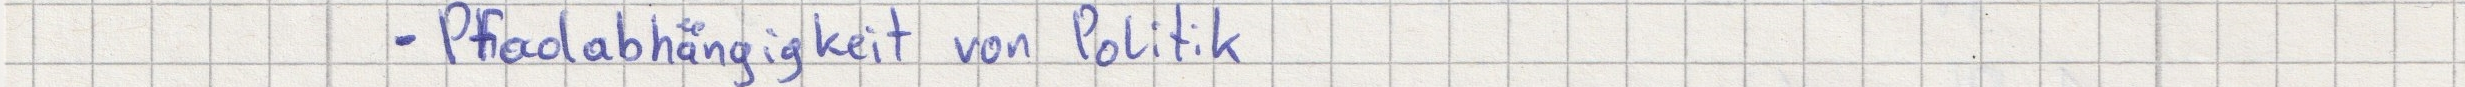
- Pfadabhängigkeit von Politik